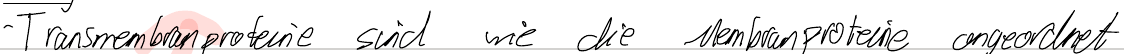
Transmembranproteine sind wie die Membranproteine angeordnet